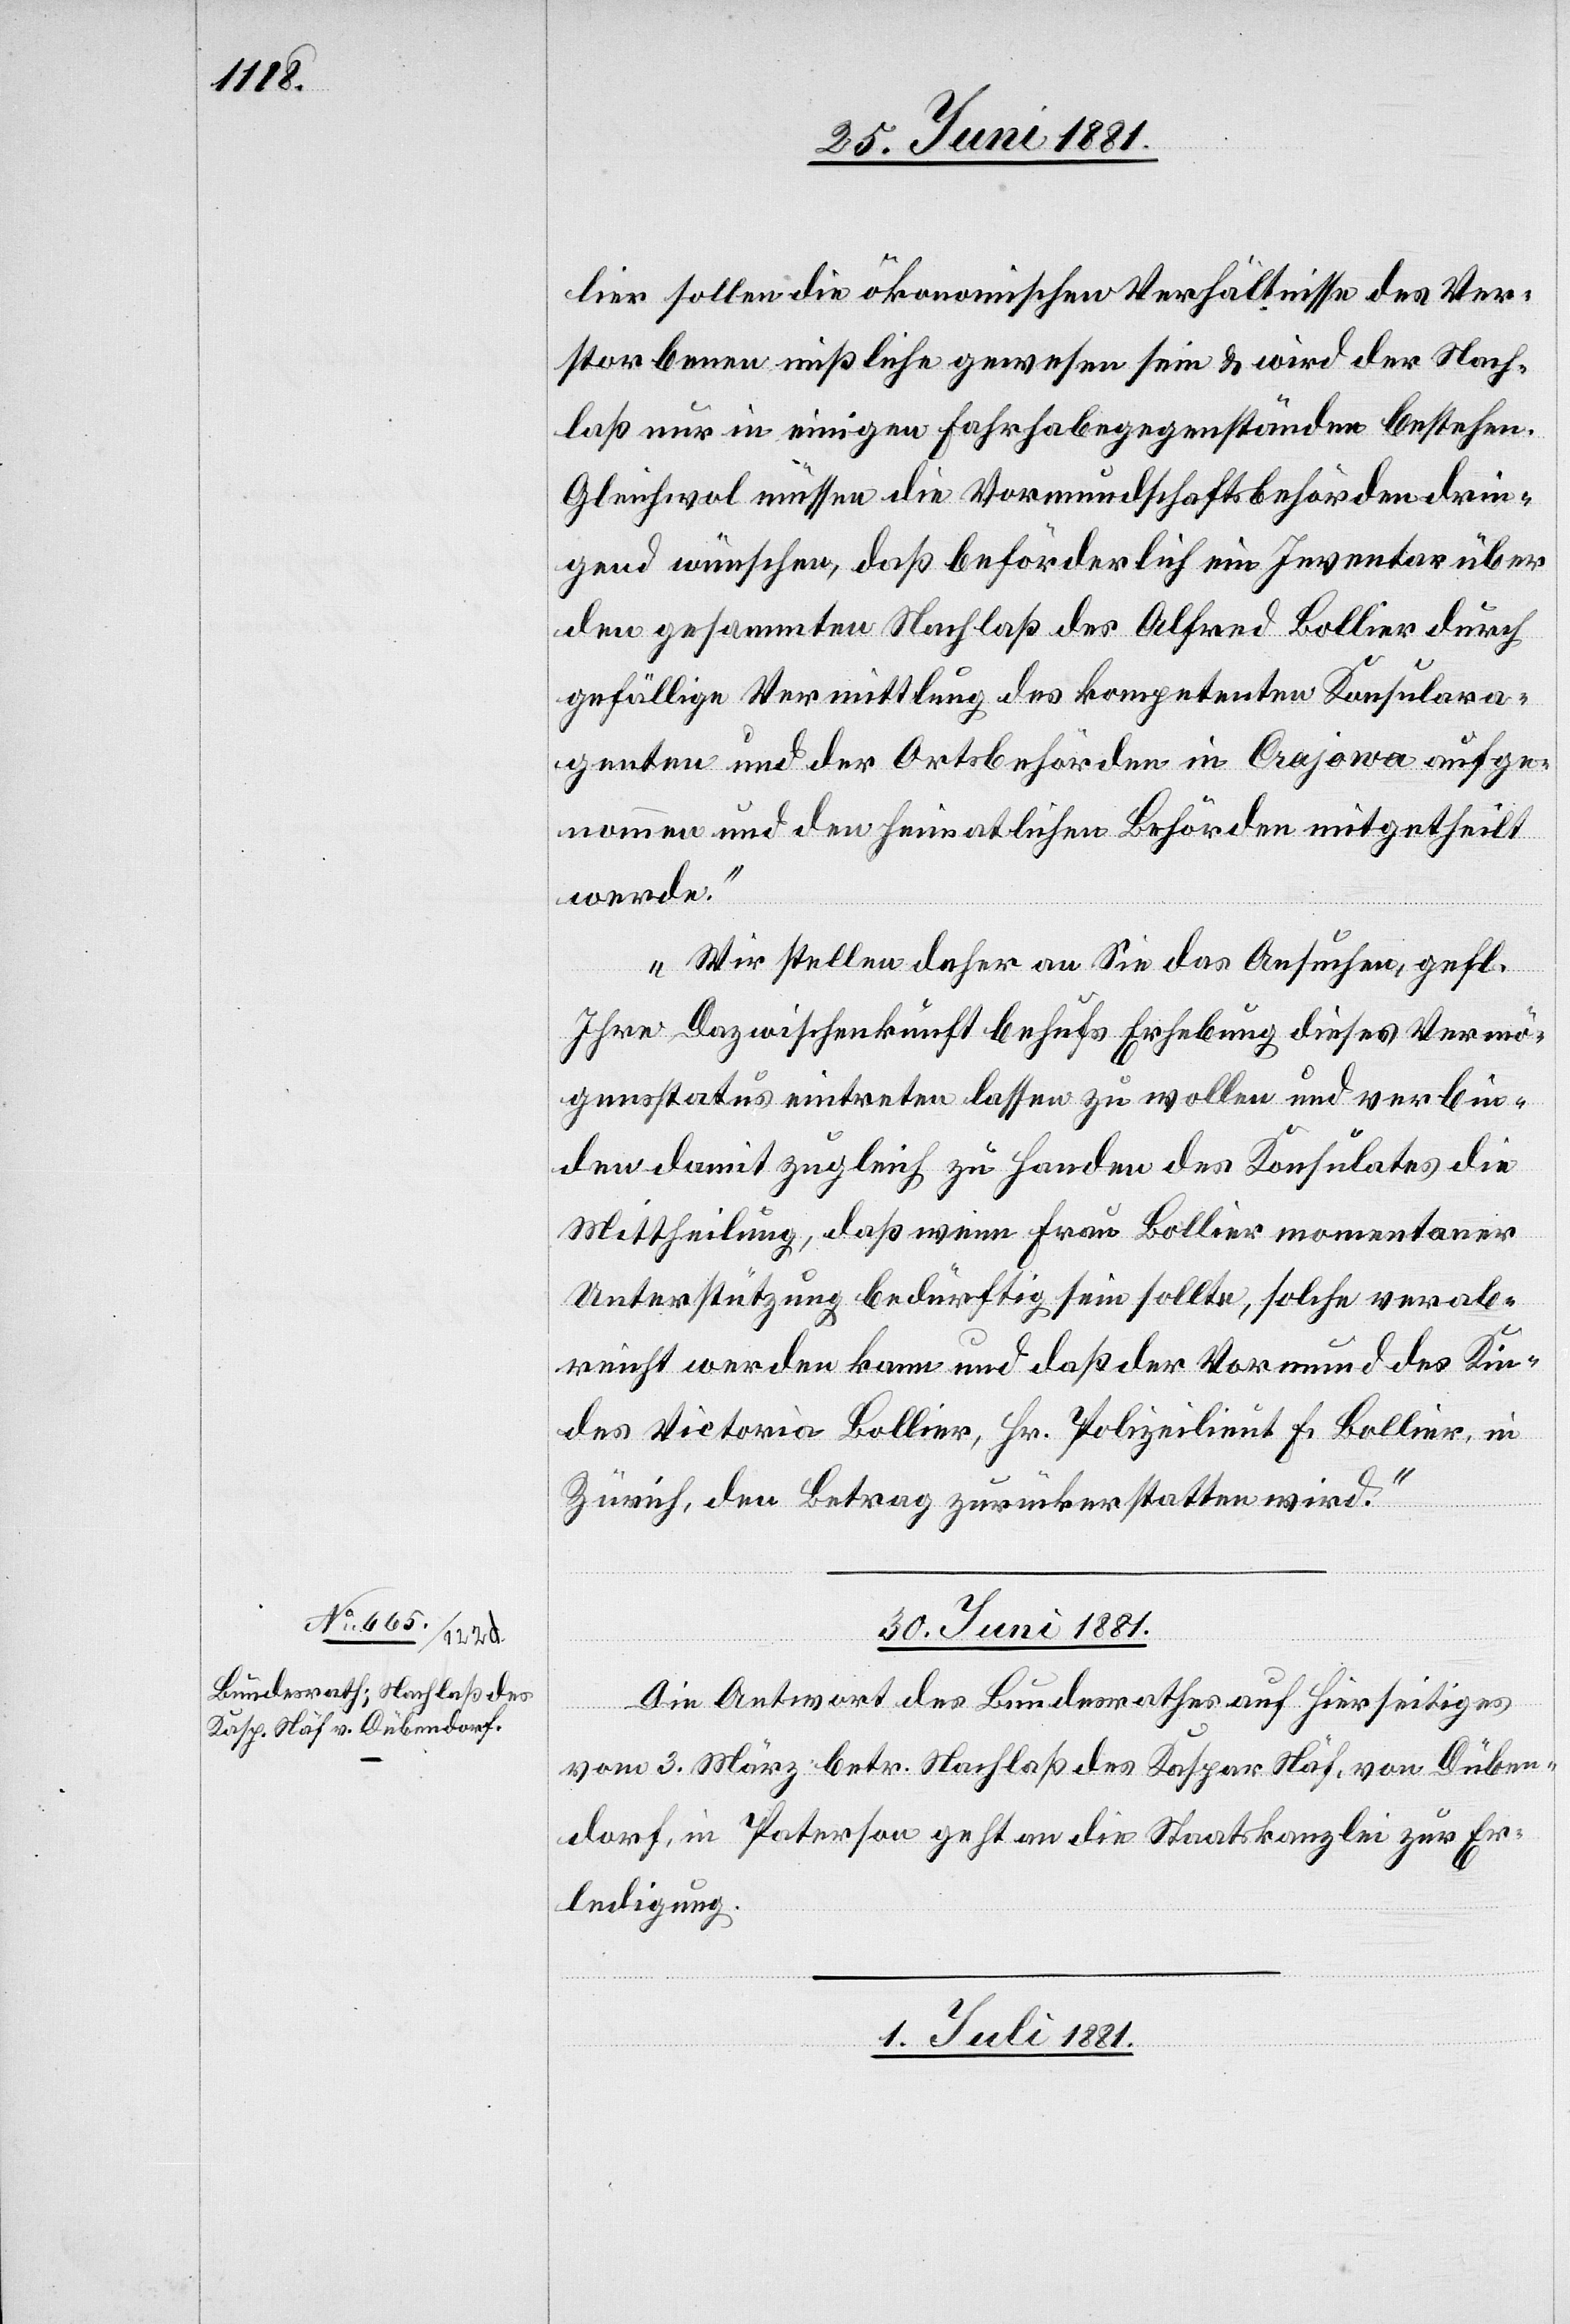
lier sollen die ökonomischen Verhältnisse des Ver¬
storbenen mißliche gewesen sein & wird der Nach¬
laß nur in einigen Fahrhabegegenständen bestehen.
Gleichwol müssen die Vormundschaftsbehörden drin¬
gend wünschen, daß beförderlich ein Inventar über
den gesammten Nachlaß des Alfred Bollier durch
gefällige Vermittlung des kompetenten Konsulara¬
genten und der Ortsbehörden in Crajowa aufge¬
nommen und den heimatlichen Behörden mitgetheilt
werde.
Wir stellen daher an Sie das Ansuchen, gefl.
Ihre Dazwischenkunft behufs Erhebung dieses Vermö¬
genstatus eintreten lassen zu wollen und verbin¬
den damit zugleich zu Handen des Konsulates die
Mittheilung, daß wenn Frau Bollier momentaner
Unterstützung bedürftig sein sollte, solche verab¬
reicht werden kann und daß der Vormund des Kin¬
des Victoria Bollier, Hr. Polizeilieut. F. Bollier, in
Zürich, den Betrag zurückerstatten wird.“
30. Juni 1881.
Die Antwort des Bundesrathes auf hierseitiges
vom 3. März betr. Nachlaß des Kaspar Näf, von Düben¬
dorf, in Paterson geht an die Staatskanzlei zur Er¬
ledigung.